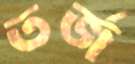
তর্জ